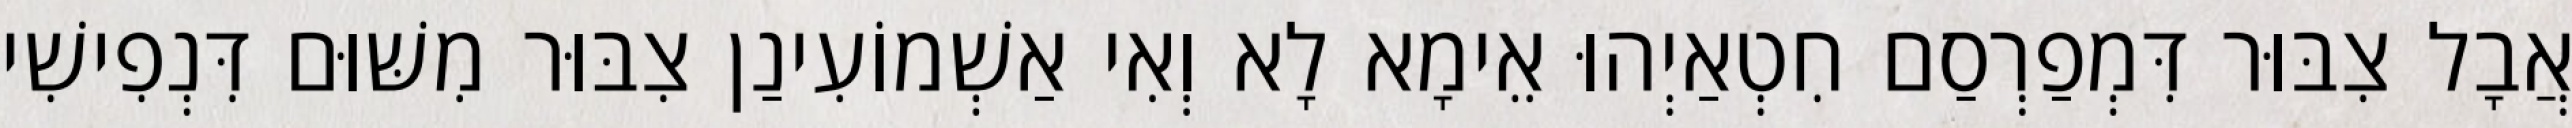
אֲבָל צִבּוּר דִּמְפַרְסַם חִטְאַיְהוּ אֵימָא לָא וְאִי אַשְׁמוֹעִינַן צִבּוּר מִשּׁוּם דִּנְפִישִׁי